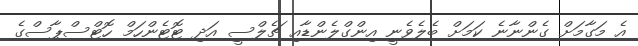
އެ މަގާމަށް ގެންނާނެ ކަމަށް ބެލެވެނީ އިންގްލެންޑާއި ޗެލްސީ އަދި ޓޮޓެންހަމް ހޮޓްސްޕާސްގެ